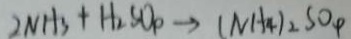
2 N H _ { 3 } + H _ { 2 } S O _ { p } \rightarrow ( N A _ { 4 } ) _ { 2 } S O _ { 4 }